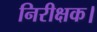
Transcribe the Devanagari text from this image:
निरीक्षक।